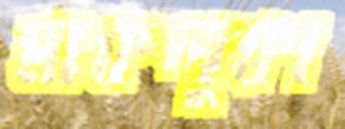
মাকলুকা